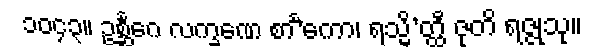
၁၀၄၃။ ဥစ္ဆင်္ဂေ လက္ခဏေ စာ’င်္ကော၊ ရသ္မိ’တ္ထီ ဇုတိ ရဇ္ဇုသု။